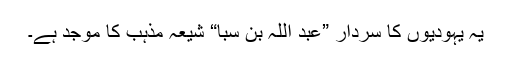
یہ یہودیوں کا سردار ”عبد اللہ بن سبا“ شیعہ مذہب کا موجد ہے۔